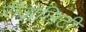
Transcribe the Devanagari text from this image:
रीअलिटी